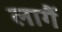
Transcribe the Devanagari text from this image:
लागैं